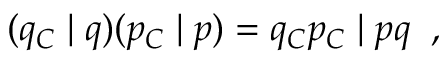
( q _ { \cal C } \; \vert \; q ) ( p _ { \cal C } \; \vert \; p ) = q _ { \cal C } p _ { \cal C } \; \vert \; p q \; \; ,